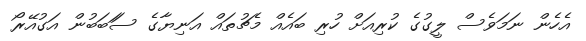
އެހެން ނަމަވެސް ލީގުގެ ކުރިއަށް ހުރި ބައެއް މެޗުތައް އަނިޔާގެ ސަަބަބުން އަގުއޭރޯ